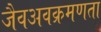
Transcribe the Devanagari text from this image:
जैवअवक्रमणता